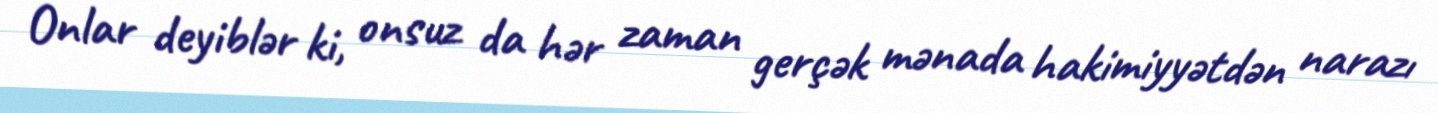
Onlar deyiblər ki, onsuz da hər zaman gerçək mənada hakimiyyətdən narazı